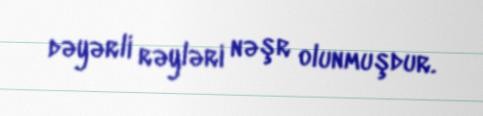
dəyərli rəyləri nəşr olunmuşdur.